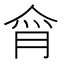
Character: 𰂕